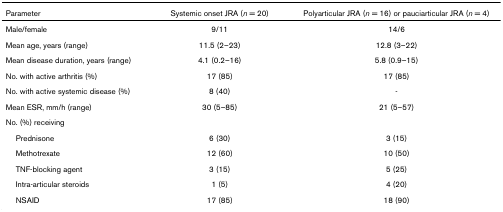
<table><thead><tr><td><b>Parameter</b></td><td><b>Systemic onset JRA (<i>n </i>= 20)</b></td><td><b>Polyarticular JRA (<i>n </i>= 16) or pauciarticular JRA (<i>n </i>= 4)</b></td></tr></thead><tbody><tr><td>Male/female</td><td>9/11</td><td>14/6</td></tr><tr><td>Mean age, years (range)</td><td>11.5 (2–23)</td><td>12.8 (3–22)</td></tr><tr><td>Mean disease duration, years (range)</td><td>4.1 (0.2–16)</td><td>5.8 (0.9–15)</td></tr><tr><td>No. with active arthritis (%)</td><td>17 (85)</td><td>17 (85)</td></tr><tr><td>No. with active systemic disease (%)</td><td>8 (40)</td><td>-</td></tr><tr><td>Mean ESR, mm/h (range)</td><td>30 (5–85)</td><td>21 (5–57)</td></tr><tr><td>No. (%) receiving</td><td></td><td></td></tr><tr><td> Prednisone</td><td>6 (30)</td><td>3 (15)</td></tr><tr><td> Methotrexate</td><td>12 (60)</td><td>10 (50)</td></tr><tr><td> TNF-blocking agent</td><td>3 (15)</td><td>5 (25)</td></tr><tr><td> Intra-articular steroids</td><td>1 (5)</td><td>4 (20)</td></tr><tr><td> NSAID</td><td>17 (85)</td><td>18 (90)</td></tr></tbody></table>